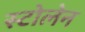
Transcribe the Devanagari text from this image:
स्टोलेन